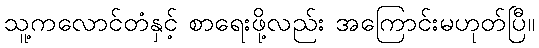
သူ့ကလောင်တံနှင့် စာရေးဖို့လည်း အကြောင်းမဟုတ်ပြီ။